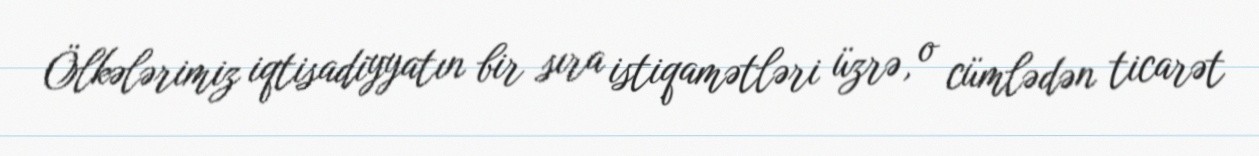
Ölkələrimiz iqtisadiyyatın bir sıra istiqamətləri üzrə, o cümlədən ticarət